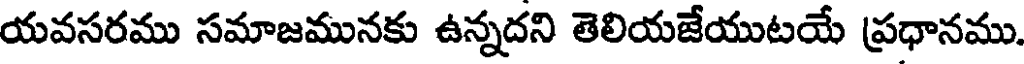
యవసరము సమాజమునకు ఉన్నదని తెలియజేయుటయే ప్రధానము.